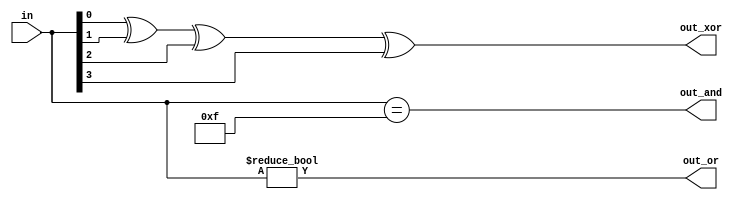
module top_module( 
    input [3:0] in,
    output out_and,
    output out_or,
    output out_xor
);
    assign out_and=(in==4'b1111);
    assign out_or=(in!=4'b0);
    // different synthesis result
    assign out_xor=in[0]^in[1]^in[2]^in[3];
endmodule